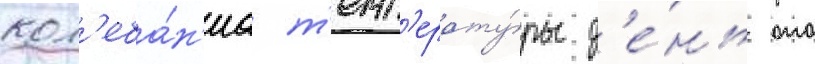
кол'еба́н'иа т'емп'ерату́ры д'е́нь ото